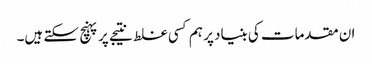
ان مقدمات کی بنیاد پر ہم کسی غلط نتیجے پر پہنچ سکتے ہیں۔